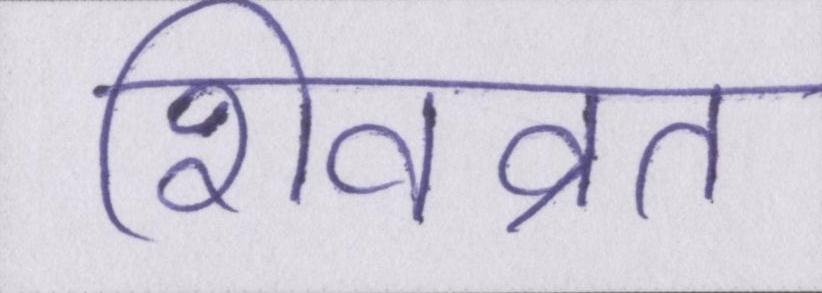
शिवव्रत